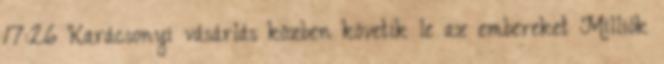
17:26 Karácsonyi vásárlás közben követik le az embereket Milliók